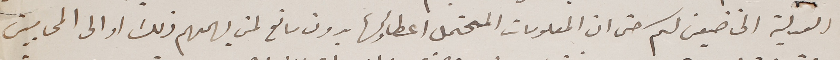
العدلية الخاضعين لكم حتى ان المعلومات المحتمل اعطاؤها بدون مانع لمن يهمهم ذلك او الى المحاميين